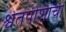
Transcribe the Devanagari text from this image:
श्वेतपीशींची